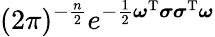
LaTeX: (2\pi)^{-{\frac{n}{2}}}e^{-{\frac{1}{2}}{\boldsymbol{\omega}}^{\mathrm{T}}{\boldsymbol{\sigma}}{\boldsymbol{\sigma}}^{\mathrm{T}}{\boldsymbol{\omega}}}